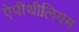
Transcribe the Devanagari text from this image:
ऐपीथीलियम